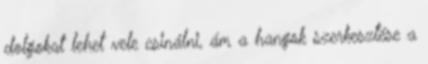
dolgokat lehet vele csinálni, ám a hangok szerkesztése a